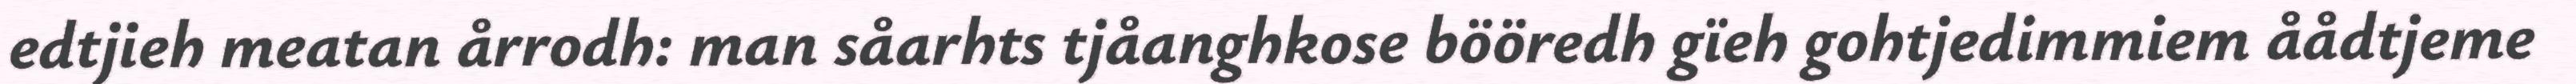
edtjieh meatan årrodh: man såarhts tjåanghkose bööredh gïeh gohtjedimmiem åådtjeme